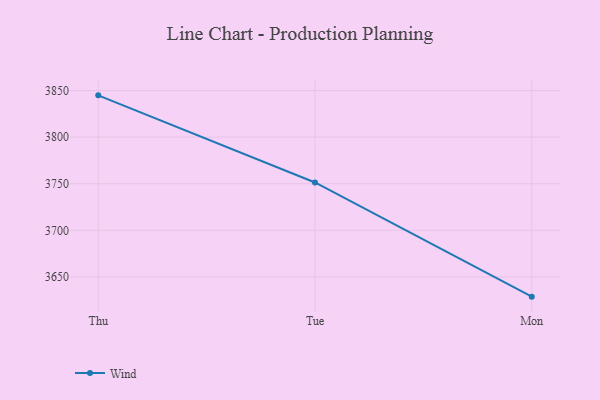
{"axis": {"x": "Day", "y": "Production Output"}, "legend": ["Wind"], "data": [{"x": "Thu", "y": 3844.9, "type": "Wind"}, {"x": "Tue", "y": 3751.4, "type": "Wind"}, {"x": "Mon", "y": 3628.8, "type": "Wind"}]}